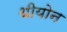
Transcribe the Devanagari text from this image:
थीयोन